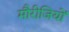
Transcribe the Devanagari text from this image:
मौरीजियों